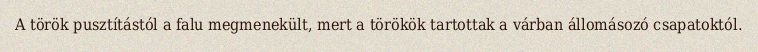
A török pusztítástól a falu megmenekült, mert a törökök tartottak a várban állomásozó csapatoktól.